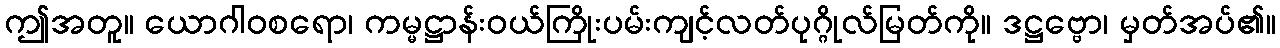
ဤအတူ။ ယောဂါဝစရော၊ ကမ္မဋ္ဌာန်းဝယ်ကြိုးပမ်းကျင့်လတ်ပုဂ္ဂိုလ်မြတ်ကို။ ဒဋ္ဌဗ္ဗော၊ မှတ်အပ်၏။